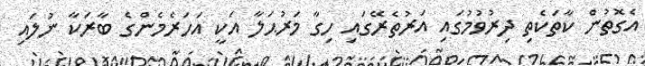
އެގޮތުން ކާތަކެތި ދިރުވުމުގައި އަރުތެރޭގައި ހިގާ މަރުޙަލާ އަކީ އަހަރެމެންގެ ބާރަކާ ނުލައި